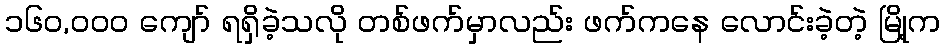
၁၆၀,၀၀၀ ကျော် ရရှိခဲ့သလို တစ်ဖက်မှာလည်း ဖက်ကနေ လောင်းခဲ့တဲ့ မြို့က